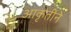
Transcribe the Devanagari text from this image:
आकृतीने